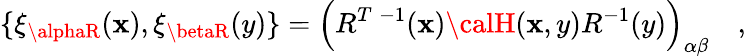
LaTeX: \{ \xi_{\alphaR}(\mathbf{x}),\xi_{\betaR}(y)\} =\Bigl(R^{T\; -1}(\mathbf{x}){\calH}(\mathbf{x},y)R^{-1}(y)\Bigr)_{\alpha\beta}\quad,